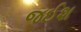
જઈશ